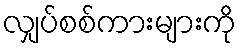
လျှပ်စစ်ကားများကို